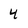
Character: 4